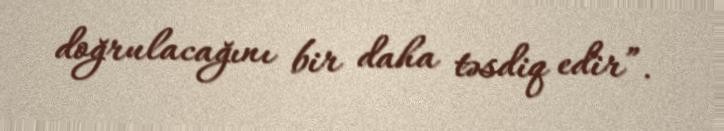
doğrulacağını bir daha təsdiq edir”.